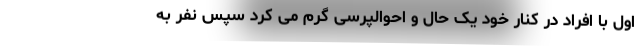
اول با افراد در کنار خود یک حال و احوالپرسی گرم می کرد سپس نفر به